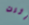
أثرت